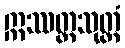
ဣဿတ္တသုတ္တံ